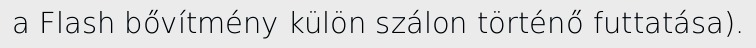
a Flash bővítmény külön szálon történő futtatása).